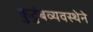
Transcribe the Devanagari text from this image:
कुटुंबव्यवस्थेने